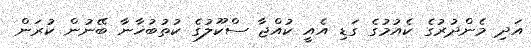
އަދި މެންދުރުގެ ކެއުމުގެ ގަޑި އެއީ ކުއްޖާ ސްކޫލުގެ ކުތުބުޚާނާ ބޭނުން ކުރަން